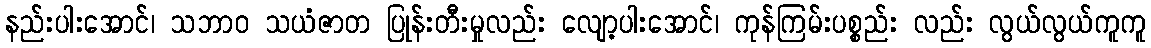
နည်းပါးအောင်၊ သဘာဝ သယံဇာတ ပြုန်းတီးမှုလည်း လျော့ပါးအောင်၊ ကုန်ကြမ်းပစ္စည်း လည်း လွယ်လွယ်ကူကူ